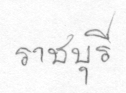
ราชบุรี